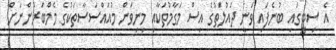
އެ ސިޓީގައި ބުނެފައި ވަނީ ދައުލަތުގެ އިސް މަގާމުތަކާއި މިނިވަން މުއައްސަސާތަކުގެ މެމްބަރުންނަށް